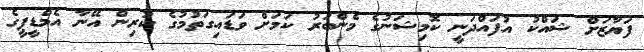
ފަޔާޒަށް ޝައްކު އުފައްދަނީ ކޮމިޝަނުގެ މެންބަރު ކަމަށް ވަޑައިގަތުމުގެ ކުރިން އޭނާ އެމްޑީޕީގެ